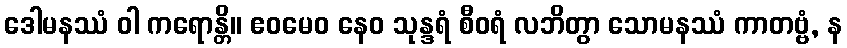
ဒေါမနဿံ ဝါ ကရောန္တိ။ ဧဝမေဝ နေဝ သုန္ဒရံ စီဝရံ လဘိတွာ သောမနဿံ ကာတဗ္ဗံ, န